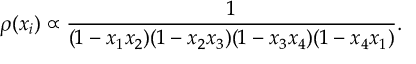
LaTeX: \rho ( x _ { i } ) \propto \frac { 1 } { ( 1 - x _ { 1 } x _ { 2 } ) ( 1 - x _ { 2 } x _ { 3 } ) ( 1 - x _ { 3 } x _ { 4 } ) ( 1 - x _ { 4 } x _ { 1 } ) } .